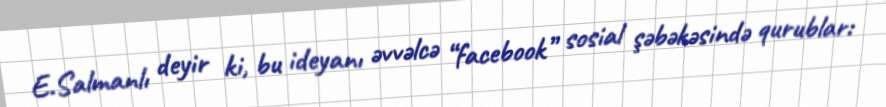
E.Salmanlı deyir ki, bu ideyanı əvvəlcə “facebook” sosial şəbəkəsində qurublar: